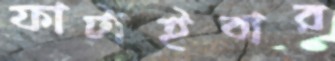
ফাটাইবার